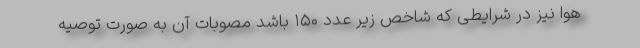
هوا نیز در شرایطی که شاخص زیر عدد ۱۵۰ باشد مصوبات آن به صورت توصیه